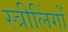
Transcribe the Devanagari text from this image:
स्त्रीलिंगों